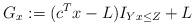
LaTeX: \begin{align*}G_x:=(c^Tx-L)I_{Yx\le Z}+L\end{align*}